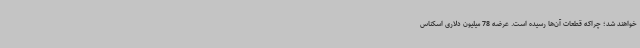
خواهند شد؛ چراکه قطعات آن‌ها رسیده است. عرضه 78 میلیون دلاری اسکناس